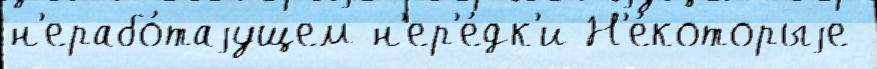
н'ерабо́таjущем н'ер'е́дк'и Н'е́которыjе